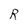
Character: R